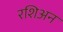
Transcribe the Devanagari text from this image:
रशिअन